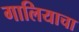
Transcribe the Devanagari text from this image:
गालियाचा